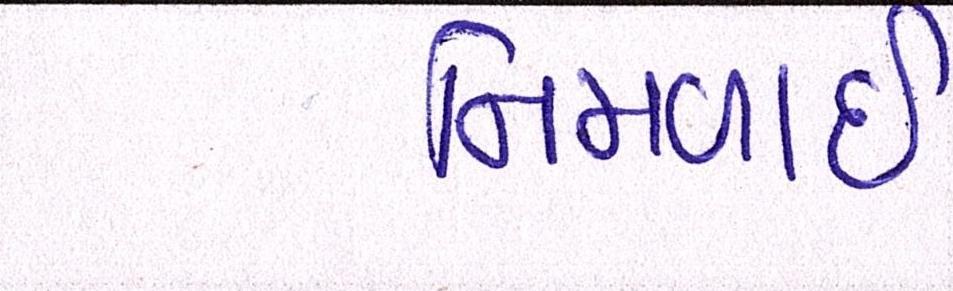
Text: નિમળાઈ